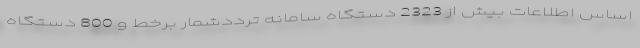
اساس اطلاعات بیش از 2323 دستگاه سامانه ترددشمار برخط‌ و 800 دستگاه